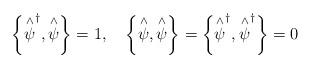
LaTeX: \begin{align*}\left\{ \stackrel{\wedge }{\psi }^{\dagger },\stackrel{\wedge }{\psi }\right\} =1,\quad\left\{ \stackrel{\wedge }{\psi },\stackrel{\wedge }{\psi }\right\} =\left\{ \stackrel{\wedge }{\psi }^{\dagger },\stackrel{\wedge }{\psi }^{\dagger }\right\} =0\end{align*}